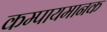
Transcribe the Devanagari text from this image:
कम्पायमानक